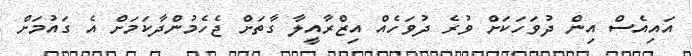
އައިއެސް އިން ދުވަހަކަށް ވުރެ ދުވަހެއް އިޒްރާއީލާ ގާތަށް ޖެހެމުންދާކަމަށް އެ ގައުމަށް